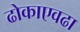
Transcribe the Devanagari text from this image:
ढोकाएवढा